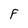
Character: F